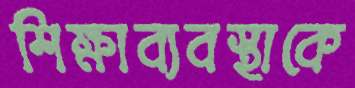
শিক্ষাব্যবস্থাকে